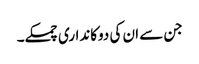
جن سے ان کی دوکانداری چمکے۔